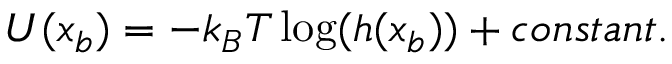
U ( x _ { b } ) = - k _ { B } T \log ( h ( x _ { b } ) ) + c o n s t a n t .